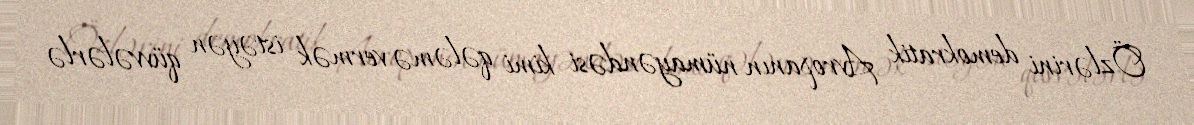
Özlərini demokratik Avropanın nümayəndəsi kimi qələmə vermək istəyən qüvvələrlə